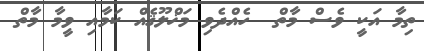
ތިމާ އަކީ ވެސް މާތް  ހެއްދެވި މަޚްލޫޤެއް ކަމާއި ވީމާ މާތް